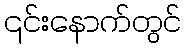
၎င်းနောက်တွင်